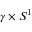
\gamma \times S ^ { 1 }